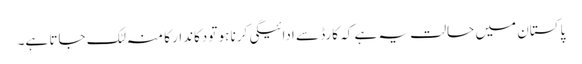
پاکستان میں حالت یہ ہے کہ کارڈ سے ادائیگی کرنا ہو تودکاندار کا منہ لٹک جاتا ہے۔